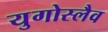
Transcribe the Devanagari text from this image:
युगोस्लैव